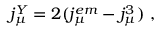
j _ { \mu } ^ { Y } = 2 ( j _ { \mu } ^ { e m } - j _ { \mu } ^ { 3 } ) ~ ,